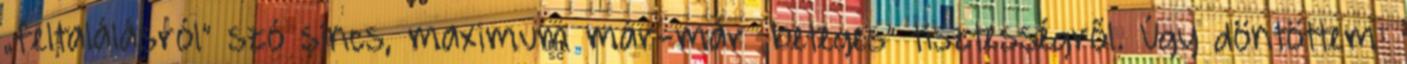
„feltalálásról” szó sincs, maximum már-már „beteges” tisztes­ségről. Úgy döntöttem: